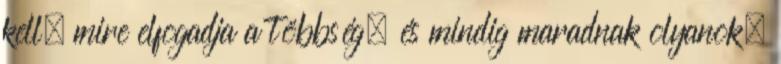
kell, mire elfogadja a többség, és mindig maradnak olyanok,